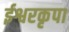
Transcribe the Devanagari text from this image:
ईश्वरकृपा